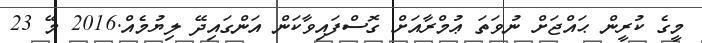
މީގެ ކުރީން ޙައްޖަށް ނުވަތަ ޢުމްރާއަށް ގޮސްފައިވާކަން އަންގައިދޭ ލިޔުމެއް.2016 މޭ 23